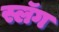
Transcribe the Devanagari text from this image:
स्लॅग